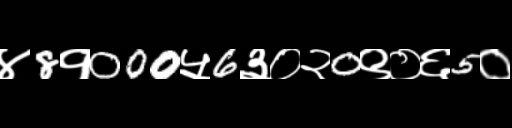
Text: ४8१000५6३०२0९०६5०